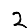
Digit: 2